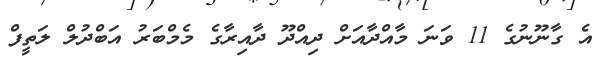
އެ ގާނޫނުގެ 11 ވަނަ މާއްދާއަށް ދިއްދޫ ދާއިރާގެ މެމްބަރު އަބްދުލް ލަތީފް